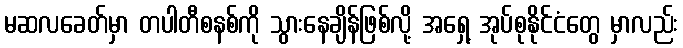
မဆလခေတ်မှာ တပါတီစနစ်ကို သွားနေချိန်ဖြစ်လို့ အရှေ့ အုပ်စုနိုင်ငံတွေ မှာလည်း